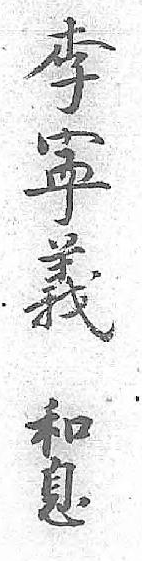
李和寕息義